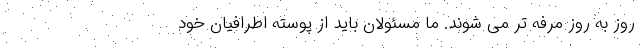
روز به روز مرفه تر می شوند. ما مسئولان باید از پوسته اطرافیان خود